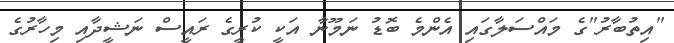
"އިތުބާރު"ގެ މައްސަލާގައި އެންމެ ބޮޑު ނަމޫނާ އަކީ ކުރީގެ ރައީސް ނަޝީދާއި މިހާރުގެ